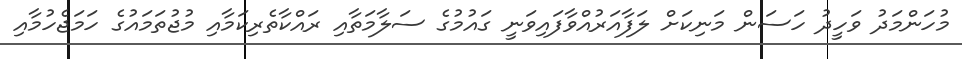
މުހަންމަދު ވަހީދު ހަސަން މަނިކަށް ލަފާއަރުއްވާފައިވަނީ ގައުމުގެ ސަލާމަތާއި ރައްކާތެރިކަމާއި މުޖުތަމައުގެ ހަމަޖެހުމާއި